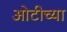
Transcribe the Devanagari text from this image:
ओटीच्या